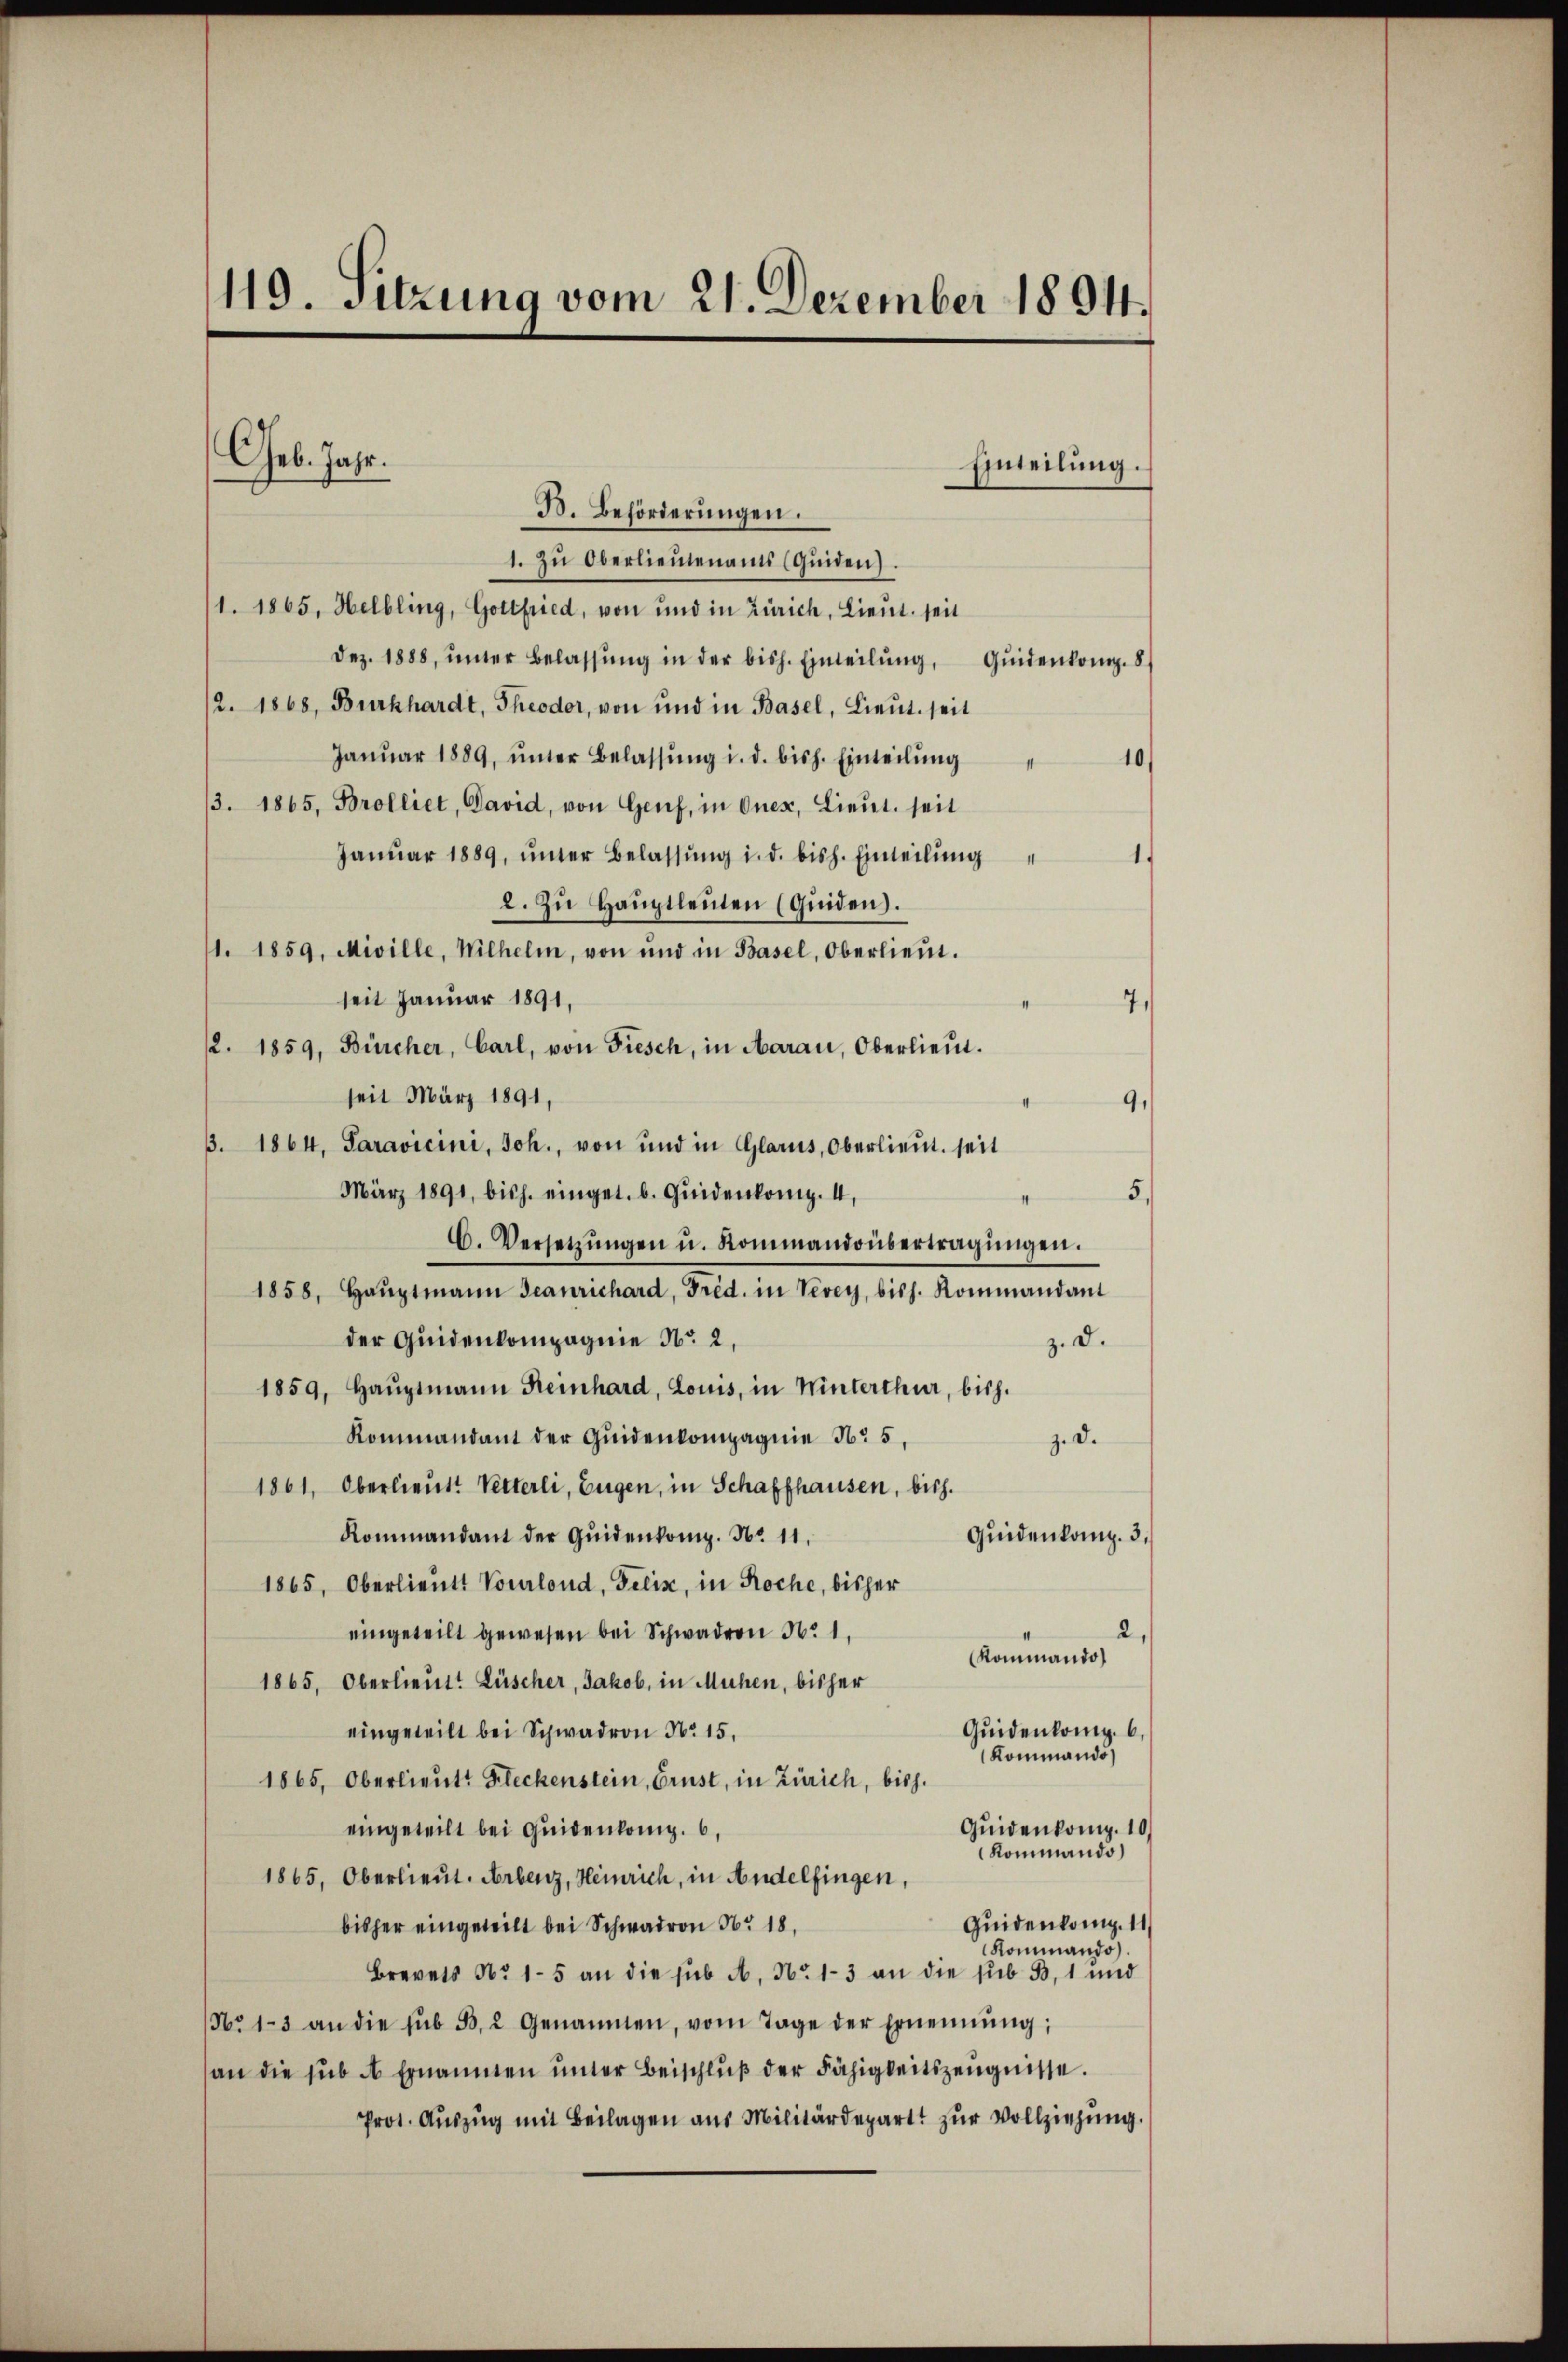
119. Sitzung vom 21. Dezember 1894.

Geb. Jahr.
B. Behörderŭngen.
1. Zu Oberlieutenamts (Quiden).

Einteilung.

/1. 1865, Helbling, Gottfried, von und in Zürich, Lieut. seit
Dez. 1888, ŭnter Belassŭng in der bish. Einteilŭng, Qŭidenkomp. 8
2. 1868, Burkhardt, Theodor, von und in Basel, Lieŭt. seit
Janŭar 1889, ŭnter Belassŭng i. d. bish. Einteilŭng
10)
3. 1865. Brolliet, David, von Genf, in Onex, Lieut. seit
Janŭar 1889, ŭnter Belassŭng i. d. bish. Einteilung
2. Zu Hauptleuten (Guiden.
1. 1859, Miville, Wilhelm, von und in Basel, Oberlieŭt.
seit Januar 1891,
2. 1859, Bürcher, Carl, von Fiesch, in Aarau, Oberlieŭt.
seit März 1891,
9.
3. 1864. Paravicini, Joh., von und in Glarus, Oberlieut. seit
März 1891 bish. einget. b. Quidenkomp. 4,
5.
C. Versetzŭngen u. Kommandobertragŭngen.
1858, Haŭptmann Jeanrichard, Fred. in Vevey, bish. Kommandant
der Quidenkompagnie No 2,
z. d.
1859, Haŭptmann Reinhard, Louis, in Winterthur, bish
Kommandant der Quidenkompagnie No 5,
z. d.
1861, Oberlieut. Vetterli, Eugen, in Schaffhausen, bish
Kommandant der Qŭidenkomp. No 11.
Quidenkamp. 3.
1865, Oberlieutt Voulond, Felix, in Roche, bisher
2.
eingeteilt gewesen bei Schwadron No 1
(Kommando
1865, Oberlieut. Lüscher, Jakob, in Mühen, bisher
Quidenkomp. 6.
eingeteilt bei Schwadron No 15.
Kommando
1865, Oberlieŭt. Fleckenstein, Crust, in Zürich, bish
Quidenkomp. 10.
eingeteilt bei Quidenkomp. 6,
Kommando
1865, Oberlieut. Arbenz, Heinrich, in Andelfingen,
Quidenkamp. 11
bisher eingeteilt bei Schwadron Nr 18
Kommando
Brevets No 1-5 an die sub A. No 1-3 an die sub B, 1 und
No 1-3 an die sub 33, 2 genannten, vom Tage der Ernennung;
an die sub A Ernannten ŭnter Beischlŭβ der Fähigkeitszeŭgnisse.
Prot. Auszug mit Beilagen aus Militärdepart zur Vollziehung.

7.